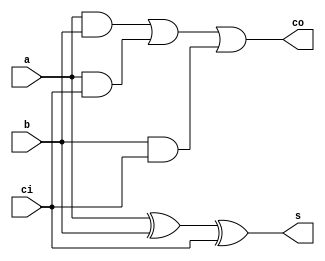
`timescale 1ns / 1ps
//////////////////////////////////////////////////////////////////////////////////
// Company: 
// Engineer: 
// 
// Design Name: 
// Module Name: FullAdder
// Project Name: 
// Target Devices: 
// Tool Versions: 
// Description: 
// 
// Dependencies: 
// 
// Revision:
// Revision 0.01 - File Created
// Additional Comments:
// 
//////////////////////////////////////////////////////////////////////////////////


module FullAdder(
    input a,
    input b,
    input ci,
    output wire s,
    output wire co
    );

    assign s = a ^ b ^ ci;
    assign co = (a & b) | (a & ci) | (b & ci);

endmodule